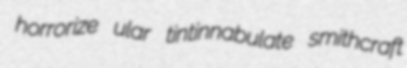
horrorize ular tintinnabulate smithcraft